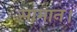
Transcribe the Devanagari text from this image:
सामान।